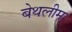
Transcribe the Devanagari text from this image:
बेथलीम